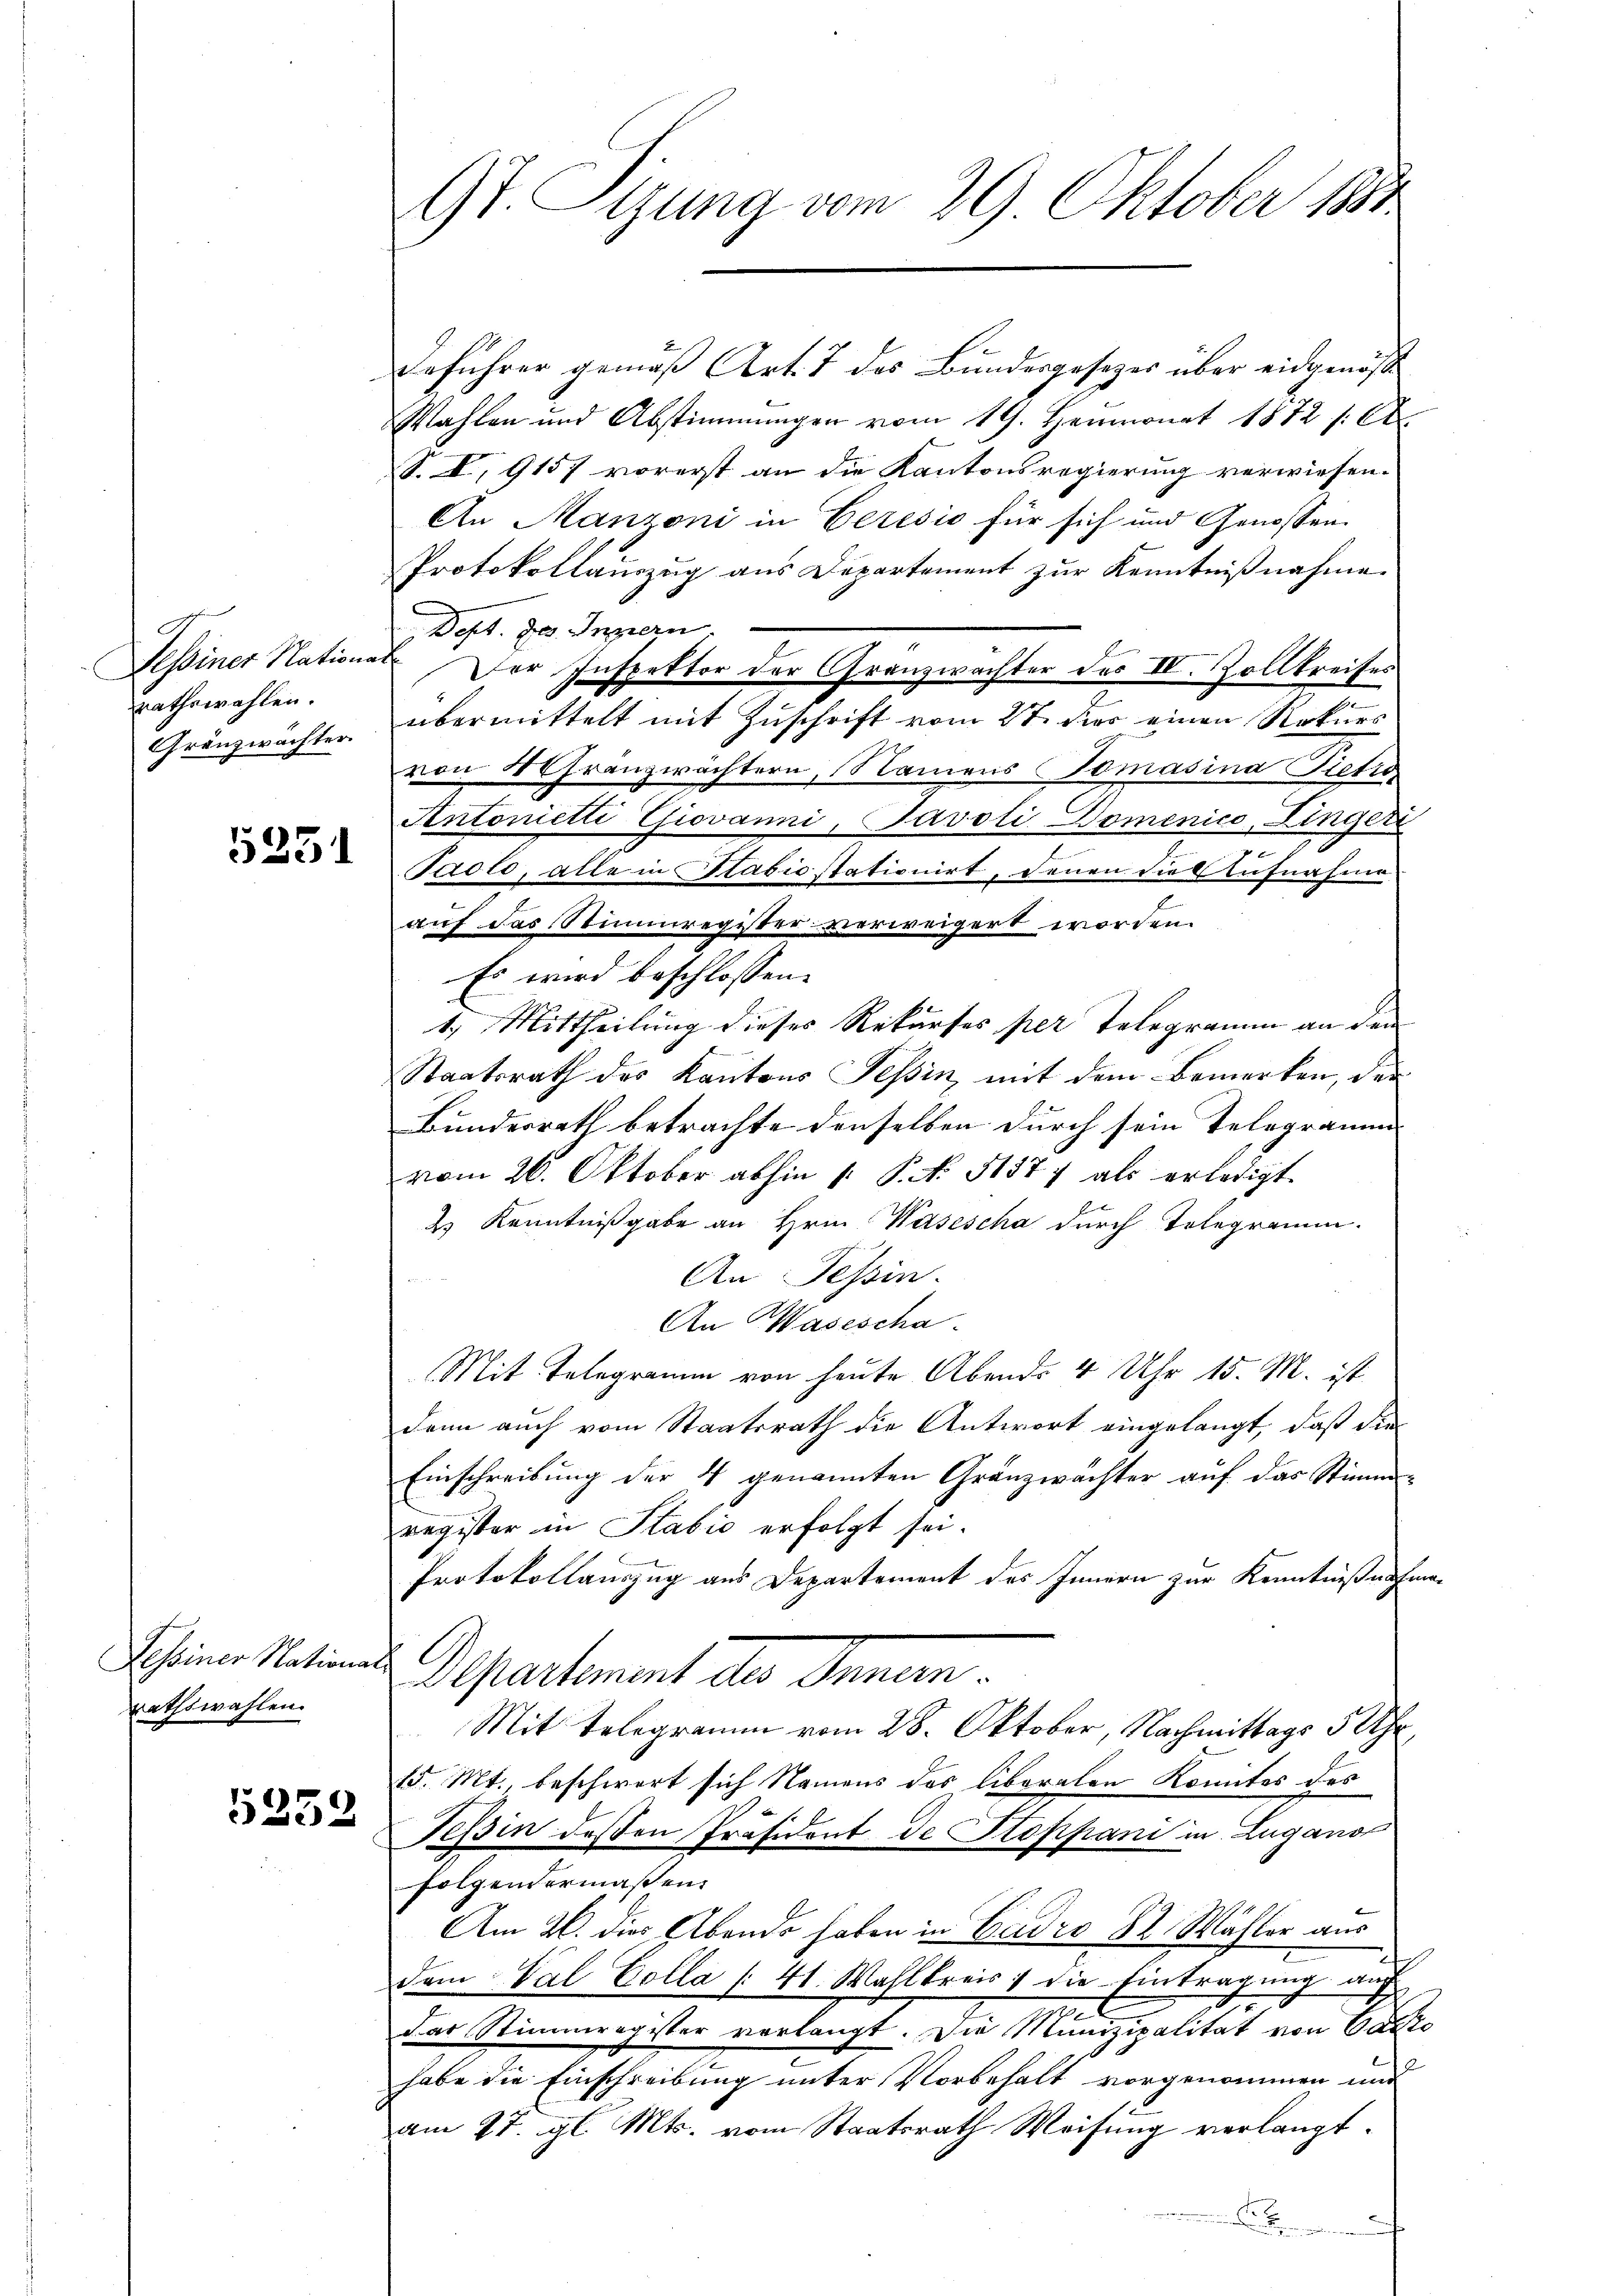
Dessiner Nation
rathswahlen.
Gränzwächter

5251

rathswahlen.

5352

9t. Tizung vom 29. Oktober 180

Deführer gemäß Art. 7 des Bundesgesezes über eidgenöß
Wahlen und Abstimmungen vom 19. Heumonat 1872 /: C.
S. I, 9157 vorerst an die Kantonsregierung verwiesen.
An Manzoni in Ceresis für sich und Genossen.
Protokollauszug aus Departement zur Kenntnißnahme
Dept. 900. Innern.
Der Inspektor der Granzwachter des IV. Zollkreises
übermittelt mit Zuschrift vom 27. der einen Rekurs
von 4 Granzwachtern, Namens Tomasina Pietig
Antonietti Giovanni, Javoli Domenico, Linger
Paoto, alle in Stadio stationirt, denen die Aufnahme
auf das Stimmregister verweigert worden.
Es wird beschlossen:
1.) Mittheilung dieses Rekurses per Telegramm an dem
Staatsrath des Kantons Tessin, mit dem Bemerken, der
Bundesrath betrachte denselben durch sein Telegramme
vom 26. Oktober abhin 1. P. No 51877 als erledigt.
ds Kenntnißgabe an Hrn. Wasescha durch Telegramm.
An Tessin.
An Wasescha
Mit Telegramm von heute Abends 4 Uhr 15. M. ist
dann auch vom Staatsrath die Antwort eingelangt, daß die
Einschreibung der 4 genannten Gränzwächter auf das Stimmregister in Stabić erfolgt sei.
Protokollauszug aus Departement des Innern zur Kenntniß aufma¬
Schine Nations Departement des Inner
Mit Telegramm vom 28. Oktober, Nachmittags 3 Uhr,
15. Mt., beschwert sich Namens des liberalen Komites des
Tessin dessen Präsident de Stoppani in Luganos
folgendermaßen
Am 26. dies Abends haben in Cadro 82 Mähler aus
dem Val Colla [41. Wahlkreis 1 die Eintragung auf
das Stimmregister verlangt. Die Munizipalität von Canto
habe die Einschreibung unter Vorbehalt vorgenommen und
am 27. gl. Mts. vom Staatsrath Weisung verlangt.